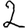
Digit: 2